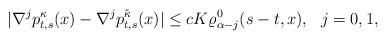
LaTeX: \begin{align*}|\nabla^j p^{\kappa}_{t,s}(x)-\nabla^j p^{\tilde\kappa}_{t,s}(x)|\leq cK \varrho^0_{\alpha-j}(s-t,x),\ \ j=0,1,\end{align*}